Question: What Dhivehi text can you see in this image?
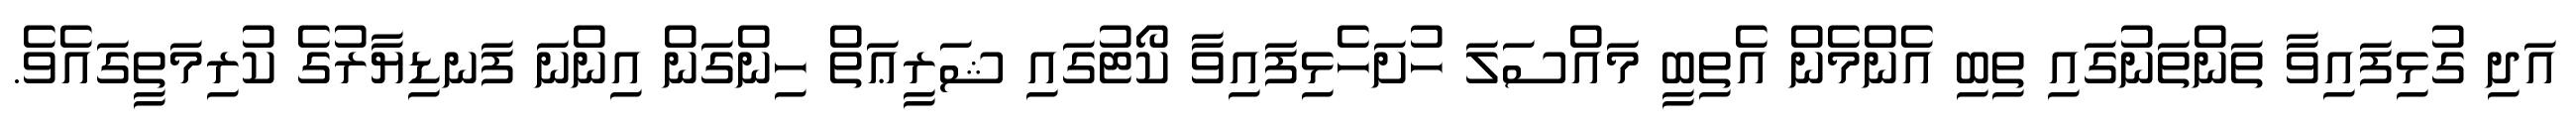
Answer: އަދި ގުޅިފައިވާ ތަންތަނުގައި ތިބި އެންމެން އެތިބީ މައްސަލަ ހުށަހެޅިފައިވާ ކޯޓުގައި ޝަރީޢަތް ހިންގަން އިންނަ ފަނޑިޔާރުގެ ކުރިމަތީގައެވެ.